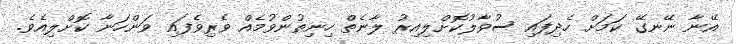
އޭނާ ނޭނގޭ ކަމަށް ހެދިފައި ސުވާލުކޮށްލިއިރު ލާނެތް ހިނިތުންވުމެއް ވެރިވެފައި ވަންހަނާ ކޮށްލިއެވެ.